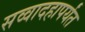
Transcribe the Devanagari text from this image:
सव्वादहापर्यंत